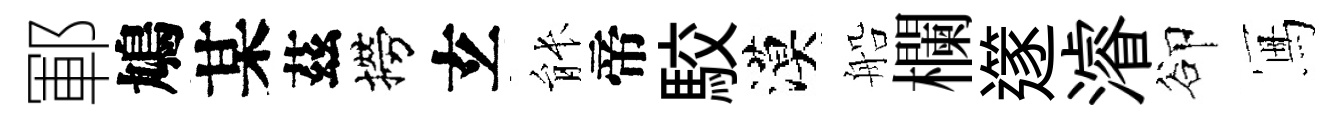
鄆鳩某茲撈𤣥䏻帝駮漠船欄𨗹濬卻冩